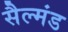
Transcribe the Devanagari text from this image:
सैल्मंड